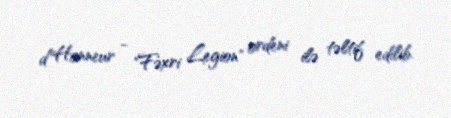
d’Honneur - "Fəxri Legion" ordeni ilə təltif edilib.